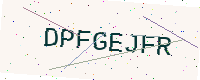
Text: DPFGEJFR